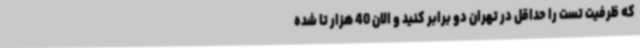
که ظرفیت تست را حداقل در تهران دو برابر کنید و الان 40 هزار تا شده